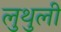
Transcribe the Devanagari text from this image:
लुथुली